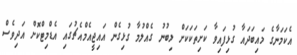
އެކަމަނާގެ މައިބަދައާ ގުޅިފައިވާ ކަށިތަކަކަށް ލިބުނު ގެއްލުމާ ގުޅިގެން އައިޖީއެމްއެޗުގައި އެޑްމިޓްކޮށް އަދިވެސް